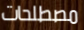
مصطلحات